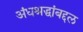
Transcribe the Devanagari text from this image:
अंधश्रद्धांबद्दल